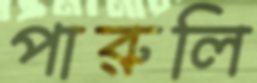
পারুলি